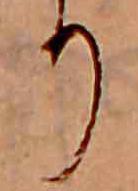
り